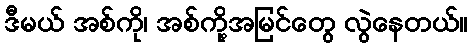
ဒီမယ် အစ်ကို၊ အစ်ကို့အမြင်တွေ လွဲနေတယ်။